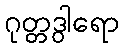
ဂုတ္တဒွါရော